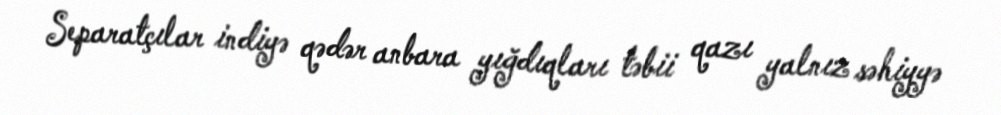
Separatçılar indiyə qədər anbara yığdıqları təbii qazı yalnız səhiyyə